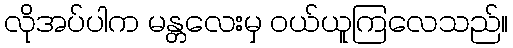
လိုအပ်ပါက မန္တလေးမှ ဝယ်ယူကြလေသည်။